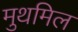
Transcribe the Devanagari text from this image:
मुथमिल